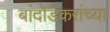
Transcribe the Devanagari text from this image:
बांदोडकरांच्या